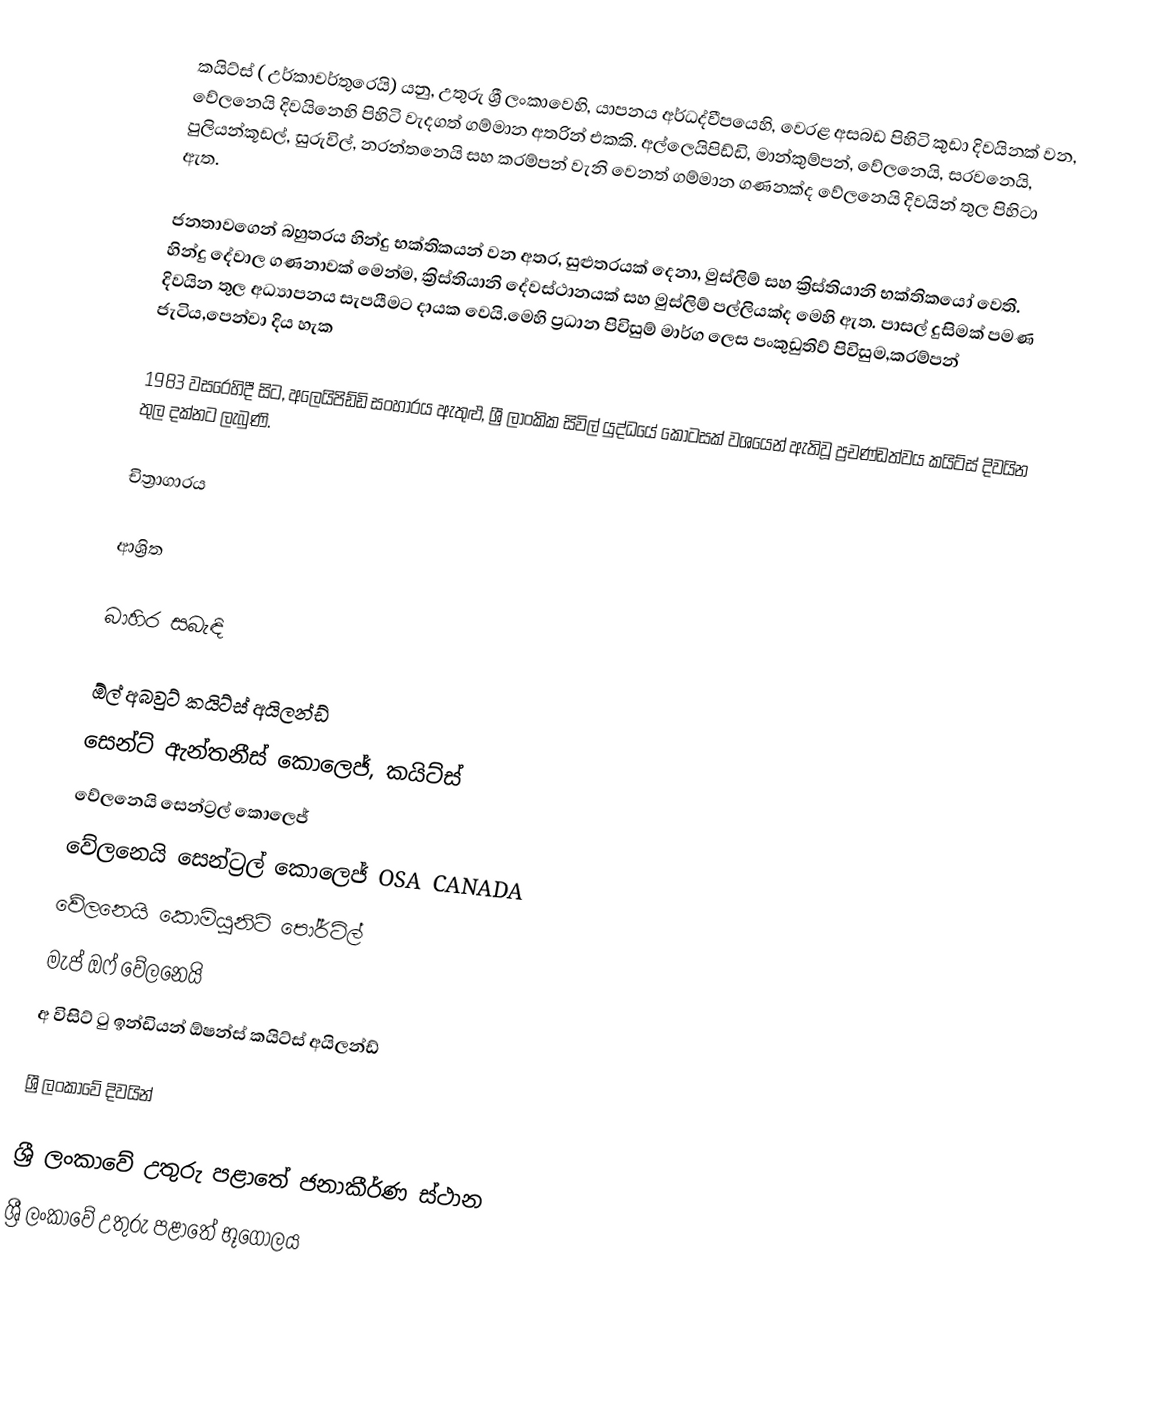
කයිට්ස් ( උර්කාවර්තුරෙයි) යනු,  උතුරු ශ්‍රී ලංකාවෙහි, යාපනය අර්ධද්වීපයෙහි, වෙරළ අසබඩ පිහිටි කුඩා දිවයිනක් වන, වේලනෙයි දිවයිනෙහි පිහිටි වැදගත් ගම්මාන අතරින් එකකි.   අල්ලෙයිපිඩ්ඩි, මාන්කුම්පන්, වේලනෙයි, සරවනෙයි, පුලියන්කූඩල්, සුරුවිල්, නරන්තනෙයි සහ කරම්පන් වැනි වෙනත් ගම්මාන ගණනක්ද වේලනෙයි දිවයින් තුල පිහිටා ඇත.

ජනතාවගෙන් බහුතරය හින්දු භක්තිකයන් වන අතර, සුළුතරයක් දෙනා, මුස්ලිම් සහ ක්‍රිස්තියානි භක්තිකයෝ වෙති. හින්දු දේවාල ගණනාවක් මෙන්ම, ක්‍රිස්තියානි දේවස්ථානයක් සහ මුස්ලිම් පල්ලියක්ද මෙහි ඇත. පාසල් දුසිමක් පමණ දිවයින තුල අධ්‍යාපනය සැපයීමට දායක වෙයි.මෙහි ප්‍රධාන පිවිසුම් මාර්ග ලෙස පංකුඩුතිව් පිවිසුම,කරම්පන් ජැටිය,පෙන්වා දිය හැක

1983 වසරෙහිදී සිට,  අලෙයිපිඩ්ඩි  සංහාරය ඇතුළු, ශ්‍රී ලාංකික සිවිල් යුද්ධයේ කොටසක් වශයෙන් ඇතිවූ ප්‍රචණ්ඩත්වය කයිට්ස් දිවයින තුල දක්නට ලැබුණි.

චිත්‍රාගාරය

ආශ්‍රිත

බාහිර සබැඳි

  ඕල් අබවුට් කයිට්ස් අයිලන්ඩ්
  සෙන්ට් ඇන්තනීස් කොලෙජ්, කයිට්ස්
  වේලනෙයි සෙන්ට්‍රල් කොලෙජ්
වේලනෙයි සෙන්ට්‍රල් කොලෙජ් OSA CANADA
වේලනෙයි කොමියුනිටි පෝර්ට්ල්
මැප් ඔෆ් වේලනෙයි
අ විසිට් ටු ඉන්ඩියන් ඕෂන්ස් කයිට්ස් අයිලන්ඩ්

ශ්‍රී ලංකාවේ දිවයින්

ශ්‍රී ලංකාවේ උතුරු පළාතේ ජනාකීර්ණ ස්ථාන
 ශ්‍රී ලංකාවේ උතුරු පළාතේ භූගෝලය